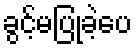
ခွင့်မပြုခဲ့ပေ